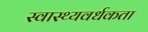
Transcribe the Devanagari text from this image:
स्वास्थ्यवर्धकता